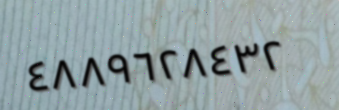
٤٨٨٩٦٢٨٤٣٢